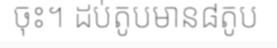
ចុះ។ ដប់តូបមាន៨តូប